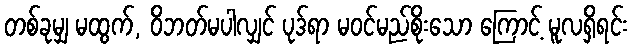
တစ်ခုမျှ မထွက်, ဝိဘတ်မပါလျှင် ပုဒ်ရာ မဝင်မည်စိုးသော ကြောင့် မူလရှိရင်း